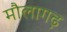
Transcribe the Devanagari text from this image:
मौलागढ़